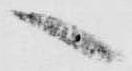
へ